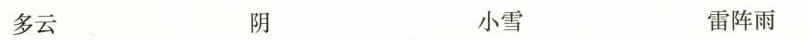
多云 阴 小雪 雷阵雨